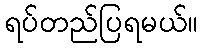
ရပ်တည်ပြရမယ်။